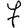
Digit: 7